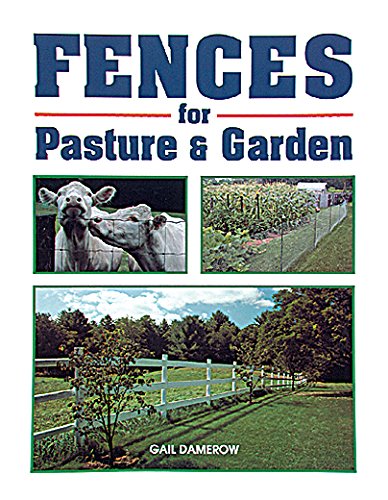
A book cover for Fences for Pasture & Garden; Gail Damerow; Crafts, Hobbies & Home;